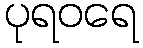
ပုရဝရေ